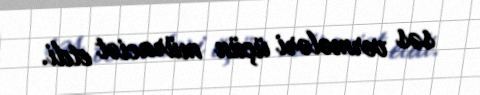
səs vermələri üçün müraciət etdi.